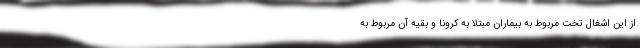
از این اشغال تخت مربوط به بیماران مبتلا به کرونا و بقیه آن مربوط به